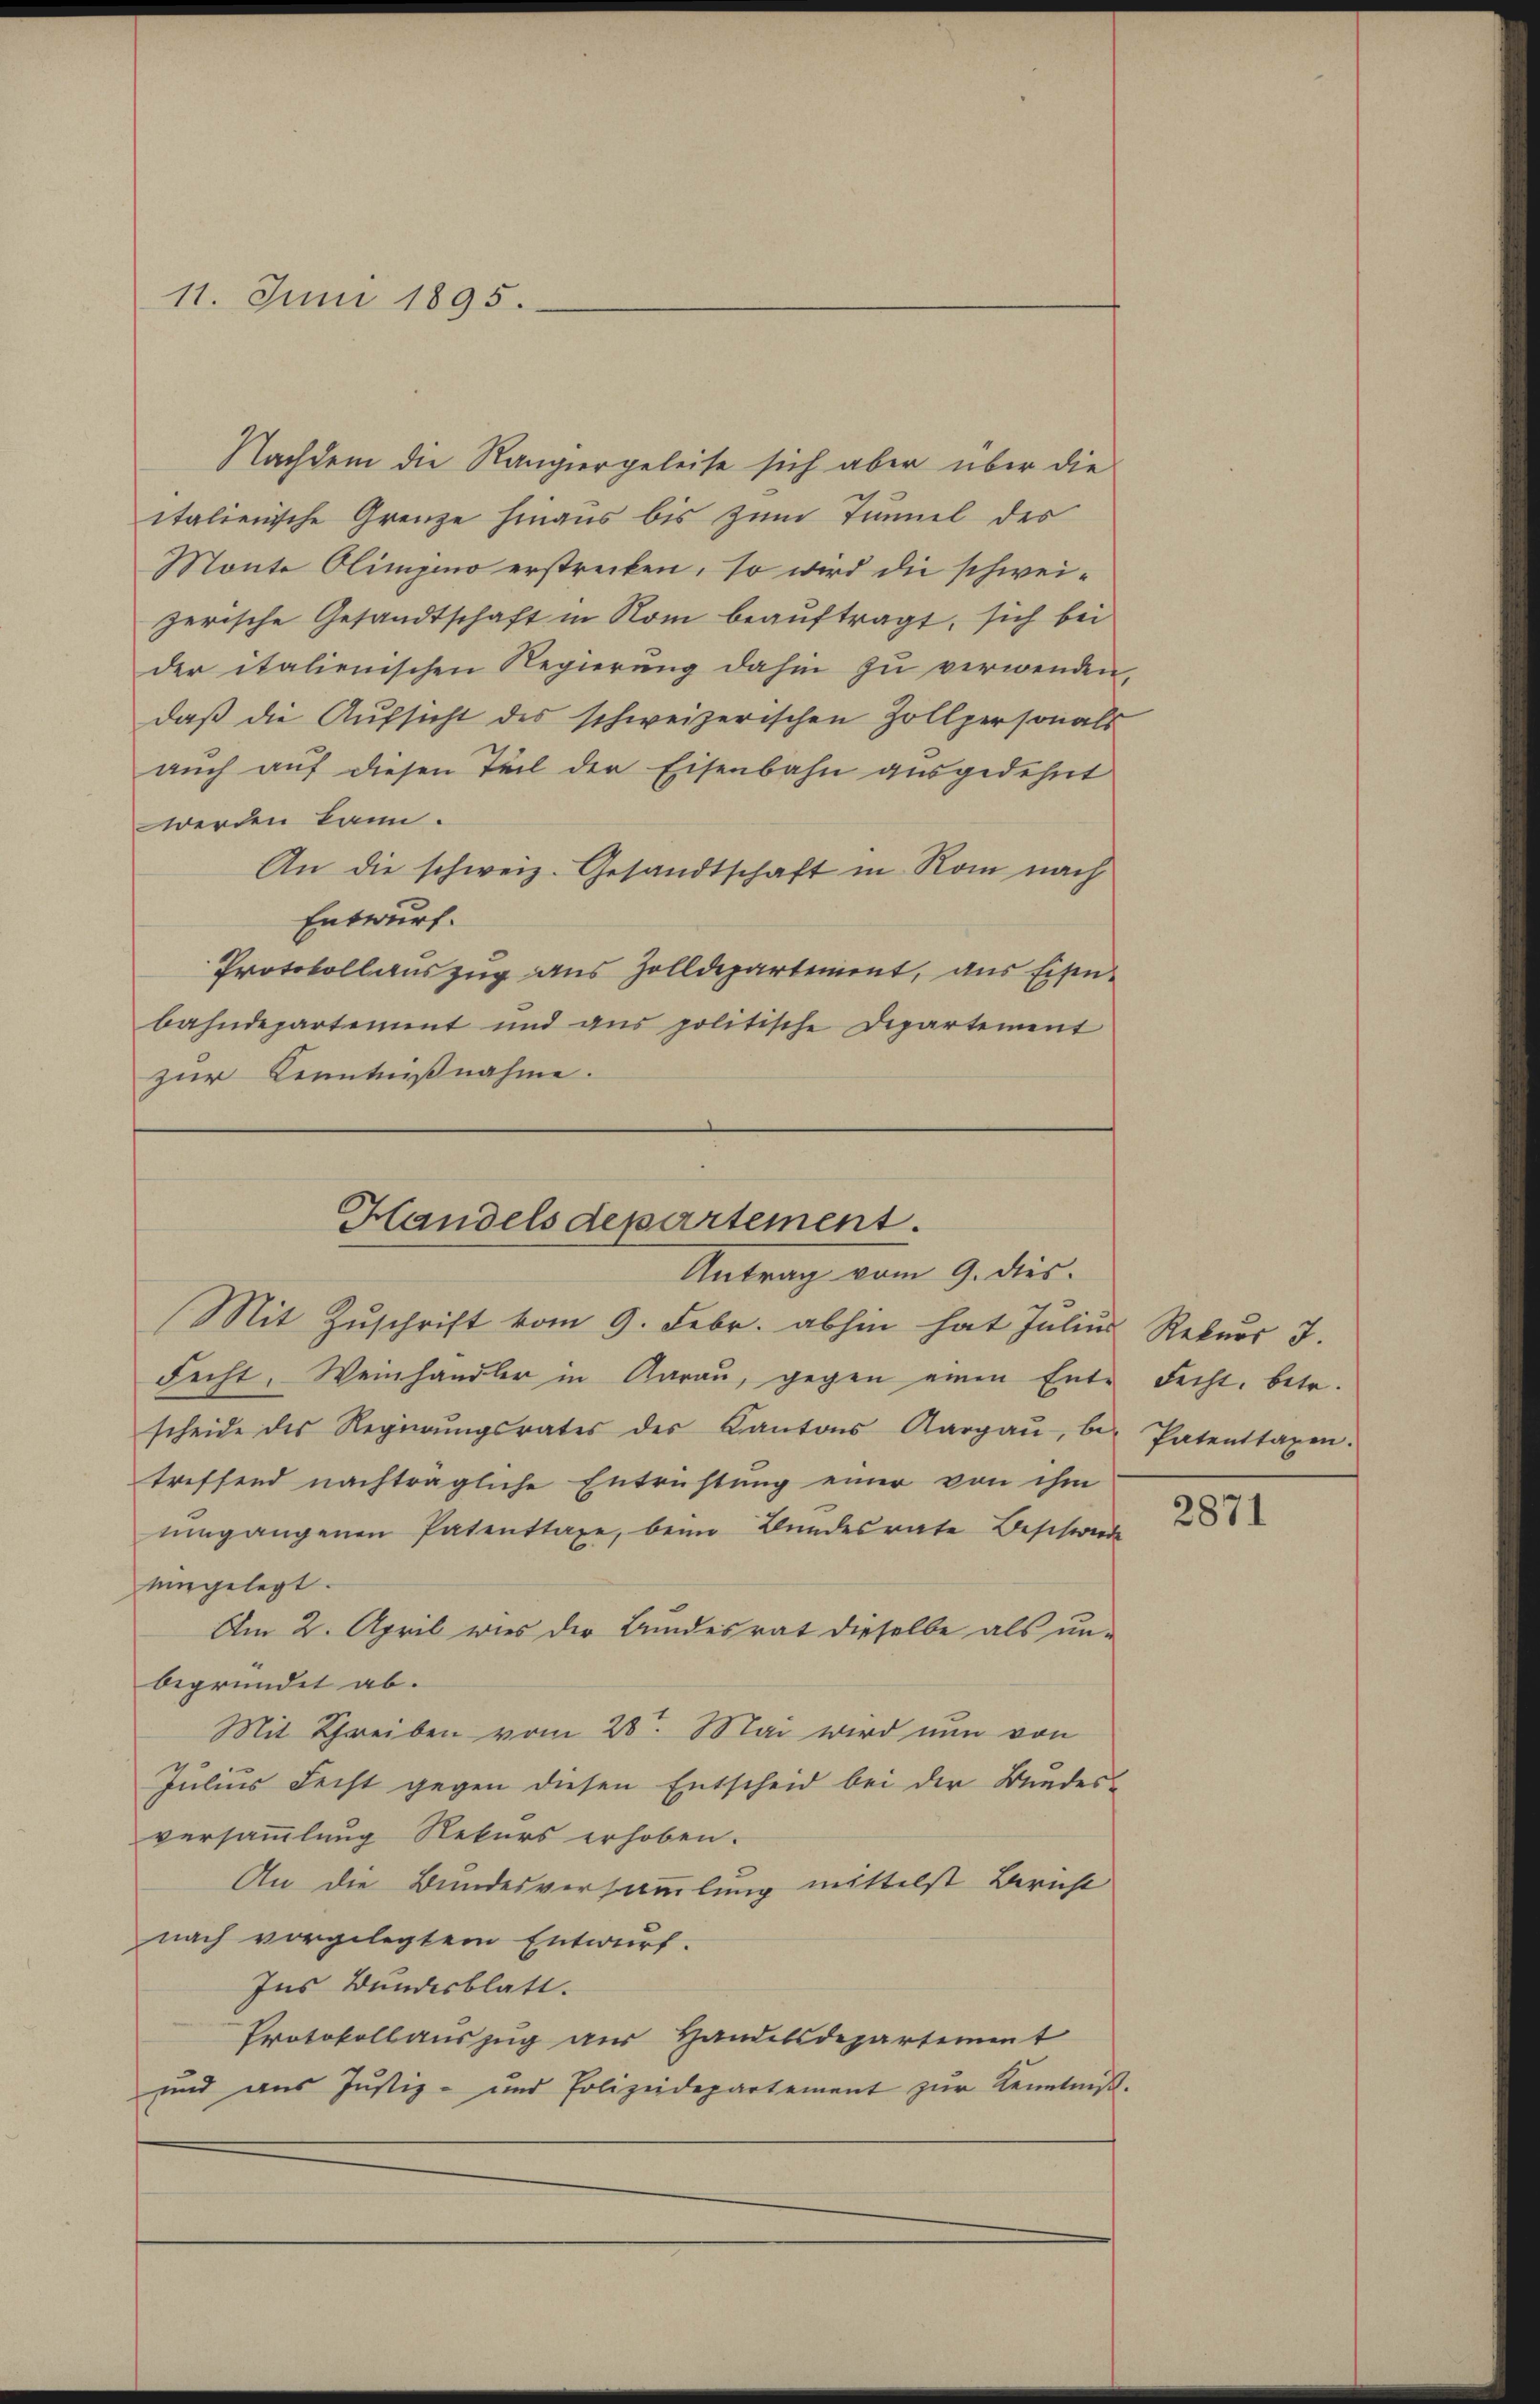
11. Juni 1895.

Nachdem die Rangiergeleise sich aber über die
italienische Grenze hinaus bis zum Tunnel des
Monte Olimjino erstrecken, so wird die schweizerische Gesandtschaft in Rom beauftragt, sich bei
der italienischen Regierung dahin zu verwenden,
daß die Aufsicht des schweizerischen Zollpersonals
auch auf diesen Teil der Eisenbahn ausgedehnt
werden kann.
An die schweiz. Gesandtschaft in Rom nach
Entwurf.
Protokollauszug aus Zolldepartement, aus Eisen-
bahndepartement und aus politische Departement
zur Kenntnißnahme.

Handelsdepartement.
Antrag vom 9. dies

Mit Zŭschrift vom 9. Febr. abhin hat Jŭliŭs Rekŭrs J.
Fecht. Weinhändler in Aarau, gegen einen Ente Fecht, betr.
scheide des Regierŭngsrates der Kantons Aargaŭ be- Patenttaxen.
treffend nachträgliche Entrichtung einer von ihm
ŭmgangenen Patenttage, beim Bundesrate Beschwerde
eingelegt.
Am 2. April wies der Bundesrat dieselbe als un-
begründet ab.
Mit Schreiben vom 23. Mai wird nun von
Julius Recht gegen diesen Entscheid bei der Bundes-
versammlung Rekurs erhoben.
An die Bundesversammlung mittelst Bericht
nach vorgelegtem Entwurf.
Ins Bundesblatt.
Protokollauszug aus Handelsdepartement
und aus Justiz- und Polizeidepartement zŭr Kenntinge

2871